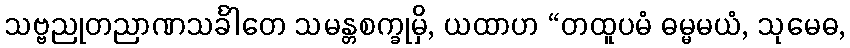
သဗ္ဗညုတညာဏသင်္ခါတေ သမန္တစက္ခုမှိ, ယထာဟ “တထူပမံ ဓမ္မမယံ, သုမေဓ,